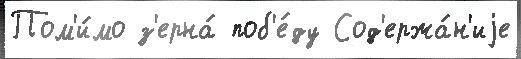
Пом'и́мо з'ерна́ поб'е́ду Сод'ержа́н'иjе